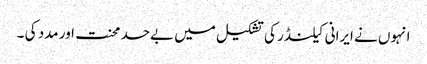
انہوں نے ایرانی کیلنڈر کی تشکیل میں بےحد محنت اور مدد کی ۔